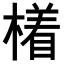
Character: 𣚰